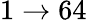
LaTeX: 1\rightarrow 64